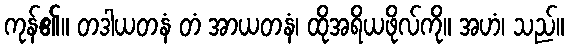
ကုန်၏။ တဒါယတနံ တံ အာယတနံ၊ ထိုအရိယဖိုလ်ကို။ အဟံ၊ သည်။